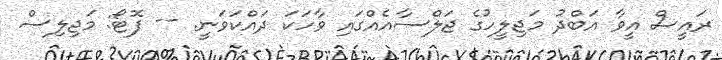
ރައީސް އީވާ އަބްދު މަޖިލީހުގެ ޖަލްސާއެއްގައި ވާހަކަ ދައްކަވަނީ. -- ފޮޓޯ: މަޖިލިސް